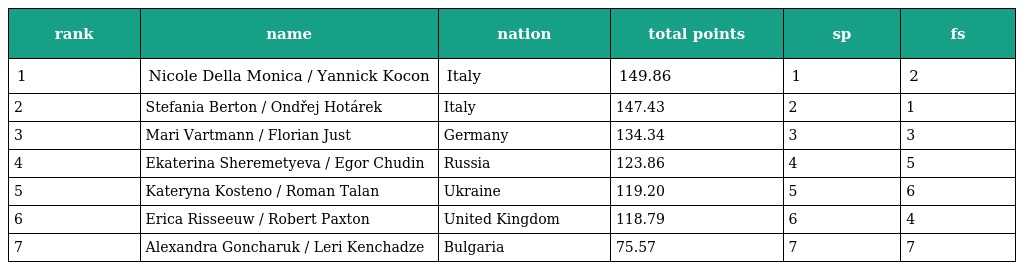
| rank | name | nation | total points | sp | fs |
 | --- | --- | --- | --- | --- | --- |
 | 1 | Nicole Della Monica / Yannick Kocon | Italy | 149.86 | 1 | 2 |
 | 2 | Stefania Berton / Ondřej Hotárek | Italy | 147.43 | 2 | 1 |
 | 3 | Mari Vartmann / Florian Just | Germany | 134.34 | 3 | 3 |
 | 4 | Ekaterina Sheremetyeva / Egor Chudin | Russia | 123.86 | 4 | 5 |
 | 5 | Kateryna Kosteno / Roman Talan | Ukraine | 119.20 | 5 | 6 |
 | 6 | Erica Risseeuw / Robert Paxton | United Kingdom | 118.79 | 6 | 4 |
 | 7 | Alexandra Goncharuk / Leri Kenchadze | Bulgaria | 75.57 | 7 | 7 |